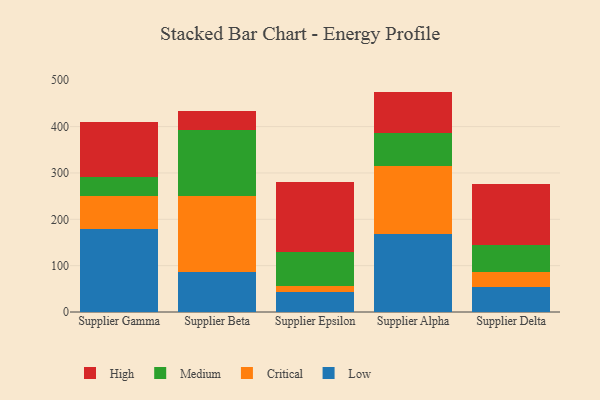
{"axis": {"x": "Supplier", "y": "Inventory Turnover"}, "legend": ["Critical", "High", "Low", "Medium"], "data": [{"x": "Supplier Gamma", "y": 178.8, "type": "Low"}, {"x": "Supplier Gamma", "y": 72.2, "type": "Critical"}, {"x": "Supplier Gamma", "y": 41.3, "type": "Medium"}, {"x": "Supplier Gamma", "y": 118.3, "type": "High"}, {"x": "Supplier Beta", "y": 87.2, "type": "Low"}, {"x": "Supplier Beta", "y": 162.2, "type": "Critical"}, {"x": "Supplier Beta", "y": 142.4, "type": "Medium"}, {"x": "Supplier Beta", "y": 42.3, "type": "High"}, {"x": "Supplier Epsilon", "y": 42.3, "type": "Low"}, {"x": "Supplier Epsilon", "y": 13.7, "type": "Critical"}, {"x": "Supplier Epsilon", "y": 74.4, "type": "Medium"}, {"x": "Supplier Epsilon", "y": 150.2, "type": "High"}, {"x": "Supplier Alpha", "y": 169.2, "type": "Low"}, {"x": "Supplier Alpha", "y": 145.7, "type": "Critical"}, {"x": "Supplier Alpha", "y": 71.5, "type": "Medium"}, {"x": "Supplier Alpha", "y": 89.1, "type": "High"}, {"x": "Supplier Delta", "y": 54.2, "type": "Low"}, {"x": "Supplier Delta", "y": 32.6, "type": "Critical"}, {"x": "Supplier Delta", "y": 57.3, "type": "Medium"}, {"x": "Supplier Delta", "y": 131.0, "type": "High"}]}